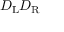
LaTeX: D _ { \mathrm { { L } } } D _ { \mathrm { { R } } }